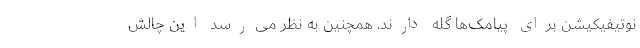
نوتیفیکیشن برای پیامک‌ها گله دارند. همچنین به نظر می‌رسد این چالش